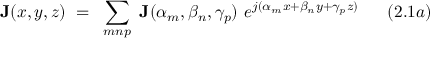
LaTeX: \mathbf { J } ( x , y , z ) ~ = ~ \sum _ { m n p } ~ \mathbf { J } ( \alpha _ { m } , \beta _ { n } , \gamma _ { p } ) ~ e ^ { j ( \alpha _ { m } x + \beta _ { n } y + \gamma _ { p } z ) } ~ ~ ~ ~ ~ ( 2 . 1 a )